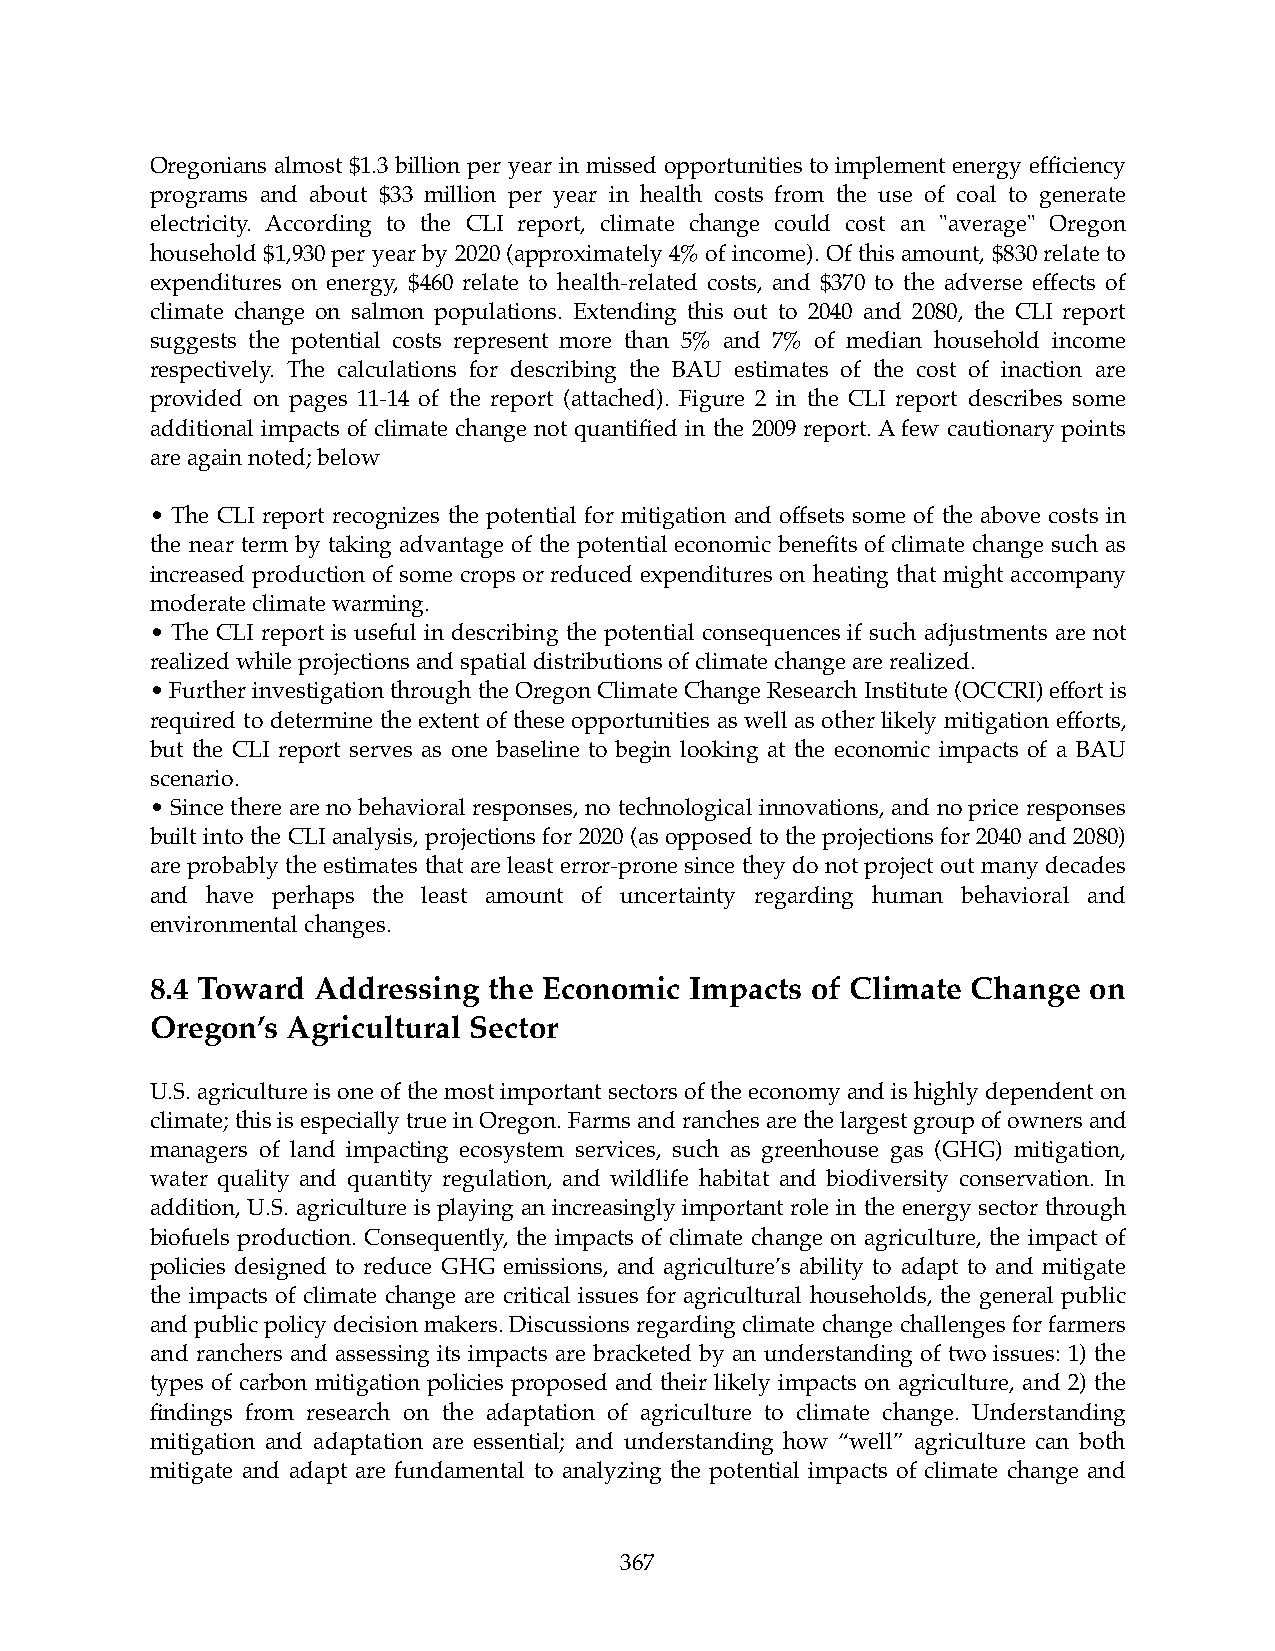
Oregonians almost $1.3 billion per year in missed opportunities to implement energy efficiency
 programs and about $33 million per year in health costs from the use of coal to generate
 electricity. According to the CLI report, climate change could cost an "average" Oregon
 household $1,930 per year by 2020 (approximately 4% of income). Of this amount, $830 relate to
 expenditures on energy, $460 relate to health-related costs, and $370 to the adverse effects of
 climate change on salmon populations. Extending this out to 2040 and 2080, the CLI report
 suggests the potential costs represent more than 5% and 7% of median household income
 respectively. The calculations for describing the BAU estimates of the cost of inaction are
 provided on pages 11-14 of the report (attached). Figure 2 in the CLI report describes some
 additional impacts of climate change not quantified in the 2009 report. A few cautionary points
 are again noted; below
 • The CLI report recognizes the potential for mitigation and offsets some of the above costs in
 the near term by taking advantage of the potential economic benefits of climate change such as
 increased production of some crops or reduced expenditures on heating that might accompany
 moderate climate warming.
 • The CLI report is useful in describing the potential consequences if such adjustments are not
 realized while projections and spatial distributions of climate change are realized.
 • Further investigation through the Oregon Climate Change Research Institute (OCCRI) effort is
 required to determine the extent of these opportunities as well as other likely mitigation efforts,
 but the CLI report serves as one baseline to begin looking at the economic impacts of a BAU
 scenario.
 • Since there are no behavioral responses, no technological innovations, and no price responses
 built into the CLI analysis, projections for 2020 (as opposed to the projections for 2040 and 2080)
 are probably the estimates that are least error-prone since they do not project out many decades
 and have perhaps the least amount of uncertainty regarding human behavioral and
 environmental changes.
 8.4 Toward Addressing the Economic  Impacts of Climate Change on
 Oregon’s Agricultural Sector
 U.S. agriculture is one of the most important sectors of the economy and is highly dependent on
 climate; this is especially true in Oregon. Farms and ranches are the largest group of owners and
 managers of land impacting ecosystem services, such as greenhouse gas (GHG) mitigation,
 water quality and quantity regulation, and wildlife habitat and biodiversity conservation. In
 addition, U.S. agriculture is playing an increasingly important role in the energy sector through
 biofuels production. Consequently, the impacts of climate change on agriculture, the impact of
 policies designed to reduce GHG emissions, and agriculture’s ability to adapt to and mitigate
 the impacts of climate change are critical issues for agricultural households, the general public
 and public policy decision makers. Discussions regarding climate change challenges for farmers
 and ranchers and assessing its impacts are bracketed by an understanding of two issues: 1) the
 types of carbon mitigation policies proposed and their likely impacts on agriculture, and 2) the
 findings from research on the adaptation of agriculture to climate change. Understanding
 mitigation and adaptation are essential; and understanding how “well” agriculture can both
 mitigate and adapt are fundamental to analyzing the potential impacts of climate change and
 367